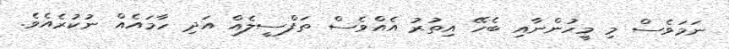
ނަމަވެސް މި މީހުންނާއި ބެހޭ އިތުރު އެއްވެސް ތަފްސީލެއް އަދި ހާމައެއް ނުކުރެއެވެ.